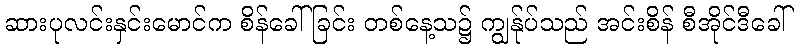
ဆားပုလင်းနှင်းမောင်က စိန်ခေါ်ခြင်း တစ်နေ့သ၌ ကျွန်ုပ်သည် အင်းစိန် စီအိုင်ဒီခေါ်